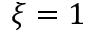
\xi = 1